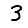
Digit: 3